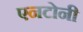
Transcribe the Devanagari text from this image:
एनटोनी